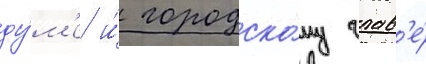
ду́м'е и́ городско́му глав'е́